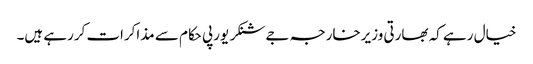
خیال رہے کہ بھارتی وزیرخارجہ جےشنکر یورپی حکام سے مذاکرات کررہے ہیں۔